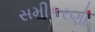
સમીકરણો